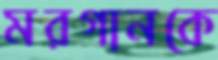
মরগানকে